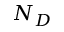
N _ { D }